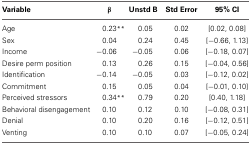
| Variable | β | Unstd B | Std Error | 95% CI |
 | --- | --- | --- | --- | --- |
 | Age | 0.23** | 0.05 | 0.02 | [0.02, 0.08] |
 | Sex | 0.04 | 0.24 | 0.45 | [−0.66, 1.13] |
 | Income | −0.06 | −0.05 | 0.06 | [−0.18, 0.07] |
 | Desire perm position | 0.13 | 0.26 | 0.15 | [−0.04, 0.56] |
 | Identification | −0.14 | −0.05 | 0.03 | [−0.12, 0.02] |
 | Commitment | 0.15 | 0.05 | 0.04 | [−0.01, 0.10] |
 | Perceived stressors | 0.34** | 0.79 | 0.20 | [0.40, 1.18] |
 | Behavioral disengagement | 0.10 | 0.12 | 0.10 | [−0.08, 0.31] |
 | Denial | 0.10 | 0.20 | 0.16 | [−0.12, 0.51] |
 | Venting | 0.10 | 0.10 | 0.07 | [−0.05, 0.24] |